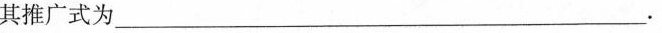
其推广式为___.